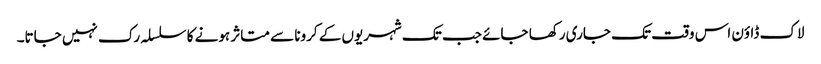
لاک ڈاؤن اس وقت تک جاری رکھا جائے جب تک شہریوں کے کرونا سے متاثر ہونے کا سلسلہ رک نہیں جاتا۔